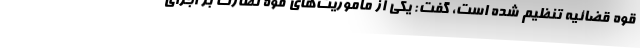
قوه قضائیه تنظیم شده است، گفت: یکی از ماموریت‌های قوه نظارت بر اجرای